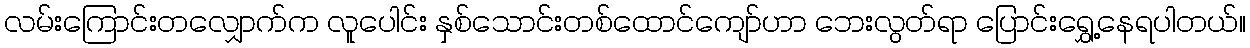
လမ်းကြောင်းတလျှောက်က လူပေါင်း နှစ်သောင်းတစ်ထောင်ကျော်ဟာ ဘေးလွတ်ရာ ပြောင်းရွှေ့နေရပါတယ်။